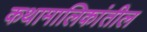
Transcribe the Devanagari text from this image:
कथामालिकांतील